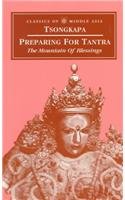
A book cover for Preparing for Tantra: The Mountain of Blessings (Classics of Middle Asia); Jr Tsongkapa; Religion & Spirituality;